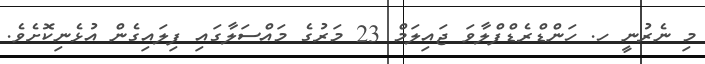
މި ނެރުނީ ހ. ހަންޑްރެޑްފްލާވަ ޖައިލަމް 23 މަރުގެ މައްސަލާގައި ފިލައިގެން އުޅެނިކޮށެވެ.